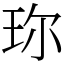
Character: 珎